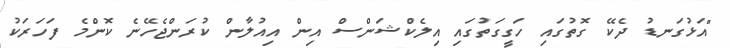
"އަޅުގަނޑު ދެކޭ ގޮތުގައި ހަގީގަތުގައި އިލެކްޝަންސް އިން އިއުލާން ކުރަންޖެހޭނެ ކޮންމެ ފަހަރަކު